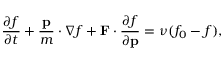
{ \frac { \partial f } { \partial t } } + { \frac { \mathbf { p } } { m } } \cdot \nabla f + \mathbf { F } \cdot { \frac { \partial f } { \partial \mathbf { p } } } = \nu ( f _ { 0 } - f ) ,